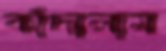
কাঁদালাম